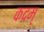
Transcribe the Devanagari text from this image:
कदम्